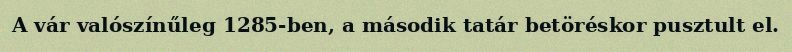
A vár valószínűleg 1285-ben, a második tatár betöréskor pusztult el.